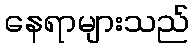
နေရာများသည်